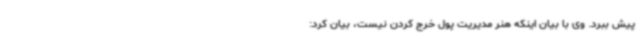
پیش ببرد. وی با بیان اینکه هنر مدیریت پول خرج کردن نیست، بیان کرد: